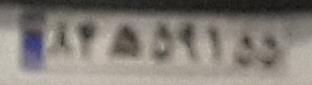
۸۴ه۵۹۱۵۵